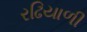
રઢિયાળી